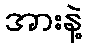
အားနဲ့